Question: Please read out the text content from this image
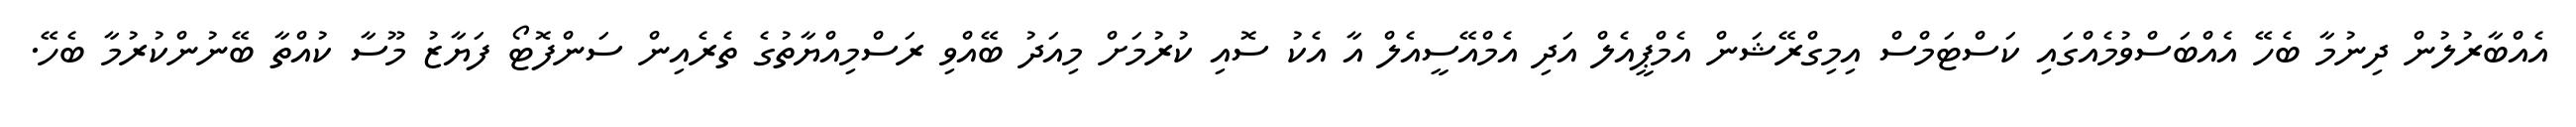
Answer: އެއްބާރުލުން ދިނުމާ ބެހޭ އެއްބަސްވުމެއްގައި ކަސްޓަމްސް އިމިގްރޭޝަން އެމްޕީއެލް އަދި އެމްއޭސީއެލް އާ އެކު ސޮއި ކުރުމަށް މިއަދު ބޭއްވި ރަސްމިއްޔާތުގެ ތެރެއިން ސަންފޮޓޯ ފަޔާޒު މޫސާ ކުއްތާ ބޭނުންކުރުމާ ބެހޭ.